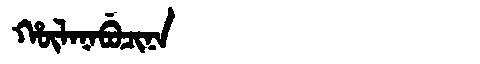
Manchu: ᡥᡡᠯᠠᠨᠠᠪᡠᠴᡳᠨᠠ
Romanization: HŪLANABUCINA